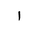
Letter: _alif